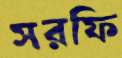
সরফি